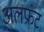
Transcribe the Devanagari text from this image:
अलफ्रंट